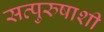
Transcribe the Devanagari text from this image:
सत्पुरुषाशी